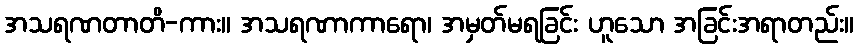
အသရဏတာတိ-ကား။ အသရဏာကာရော၊ အမှတ်မရခြင်း ဟူသော အခြင်းအရာတည်း။